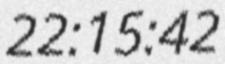
22:15:42